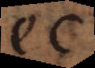
ec